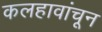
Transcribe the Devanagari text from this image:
कलहावांचून